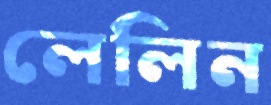
লেলিন